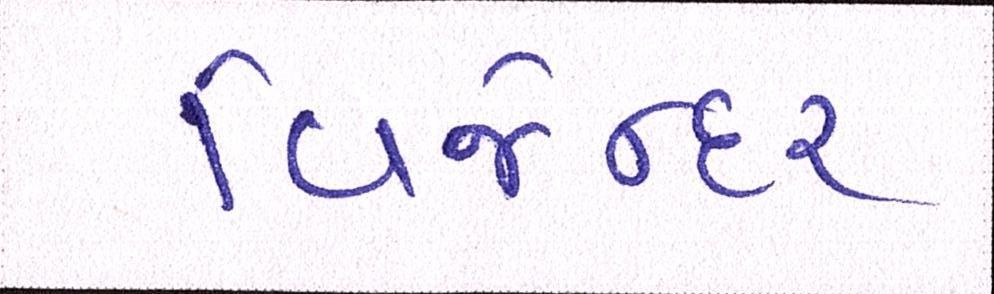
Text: વિજેન્દર